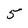
Character: 5